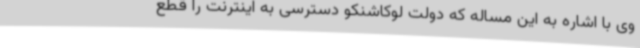
وی با اشاره به این مساله که دولت لوکاشنکو دسترسی به اینترنت را قطع